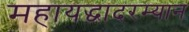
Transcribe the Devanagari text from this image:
महायद्धादरम्यान